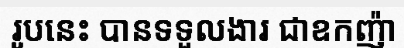
រូបនេះ បានទទួលងារ ជាឧកញ៉ា